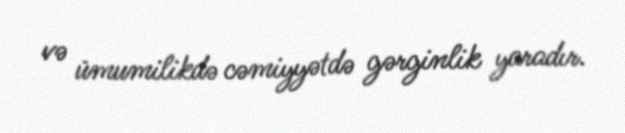
və ümumilikdə cəmiyyətdə gərginlik yaradır.